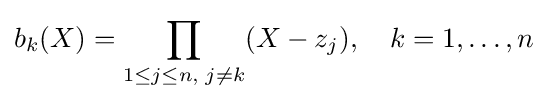
b_{k}(X)=\prod _{1\leq j\leq n,\;j\neq k}(X-z_{j}),\quad k=1,\dots ,n